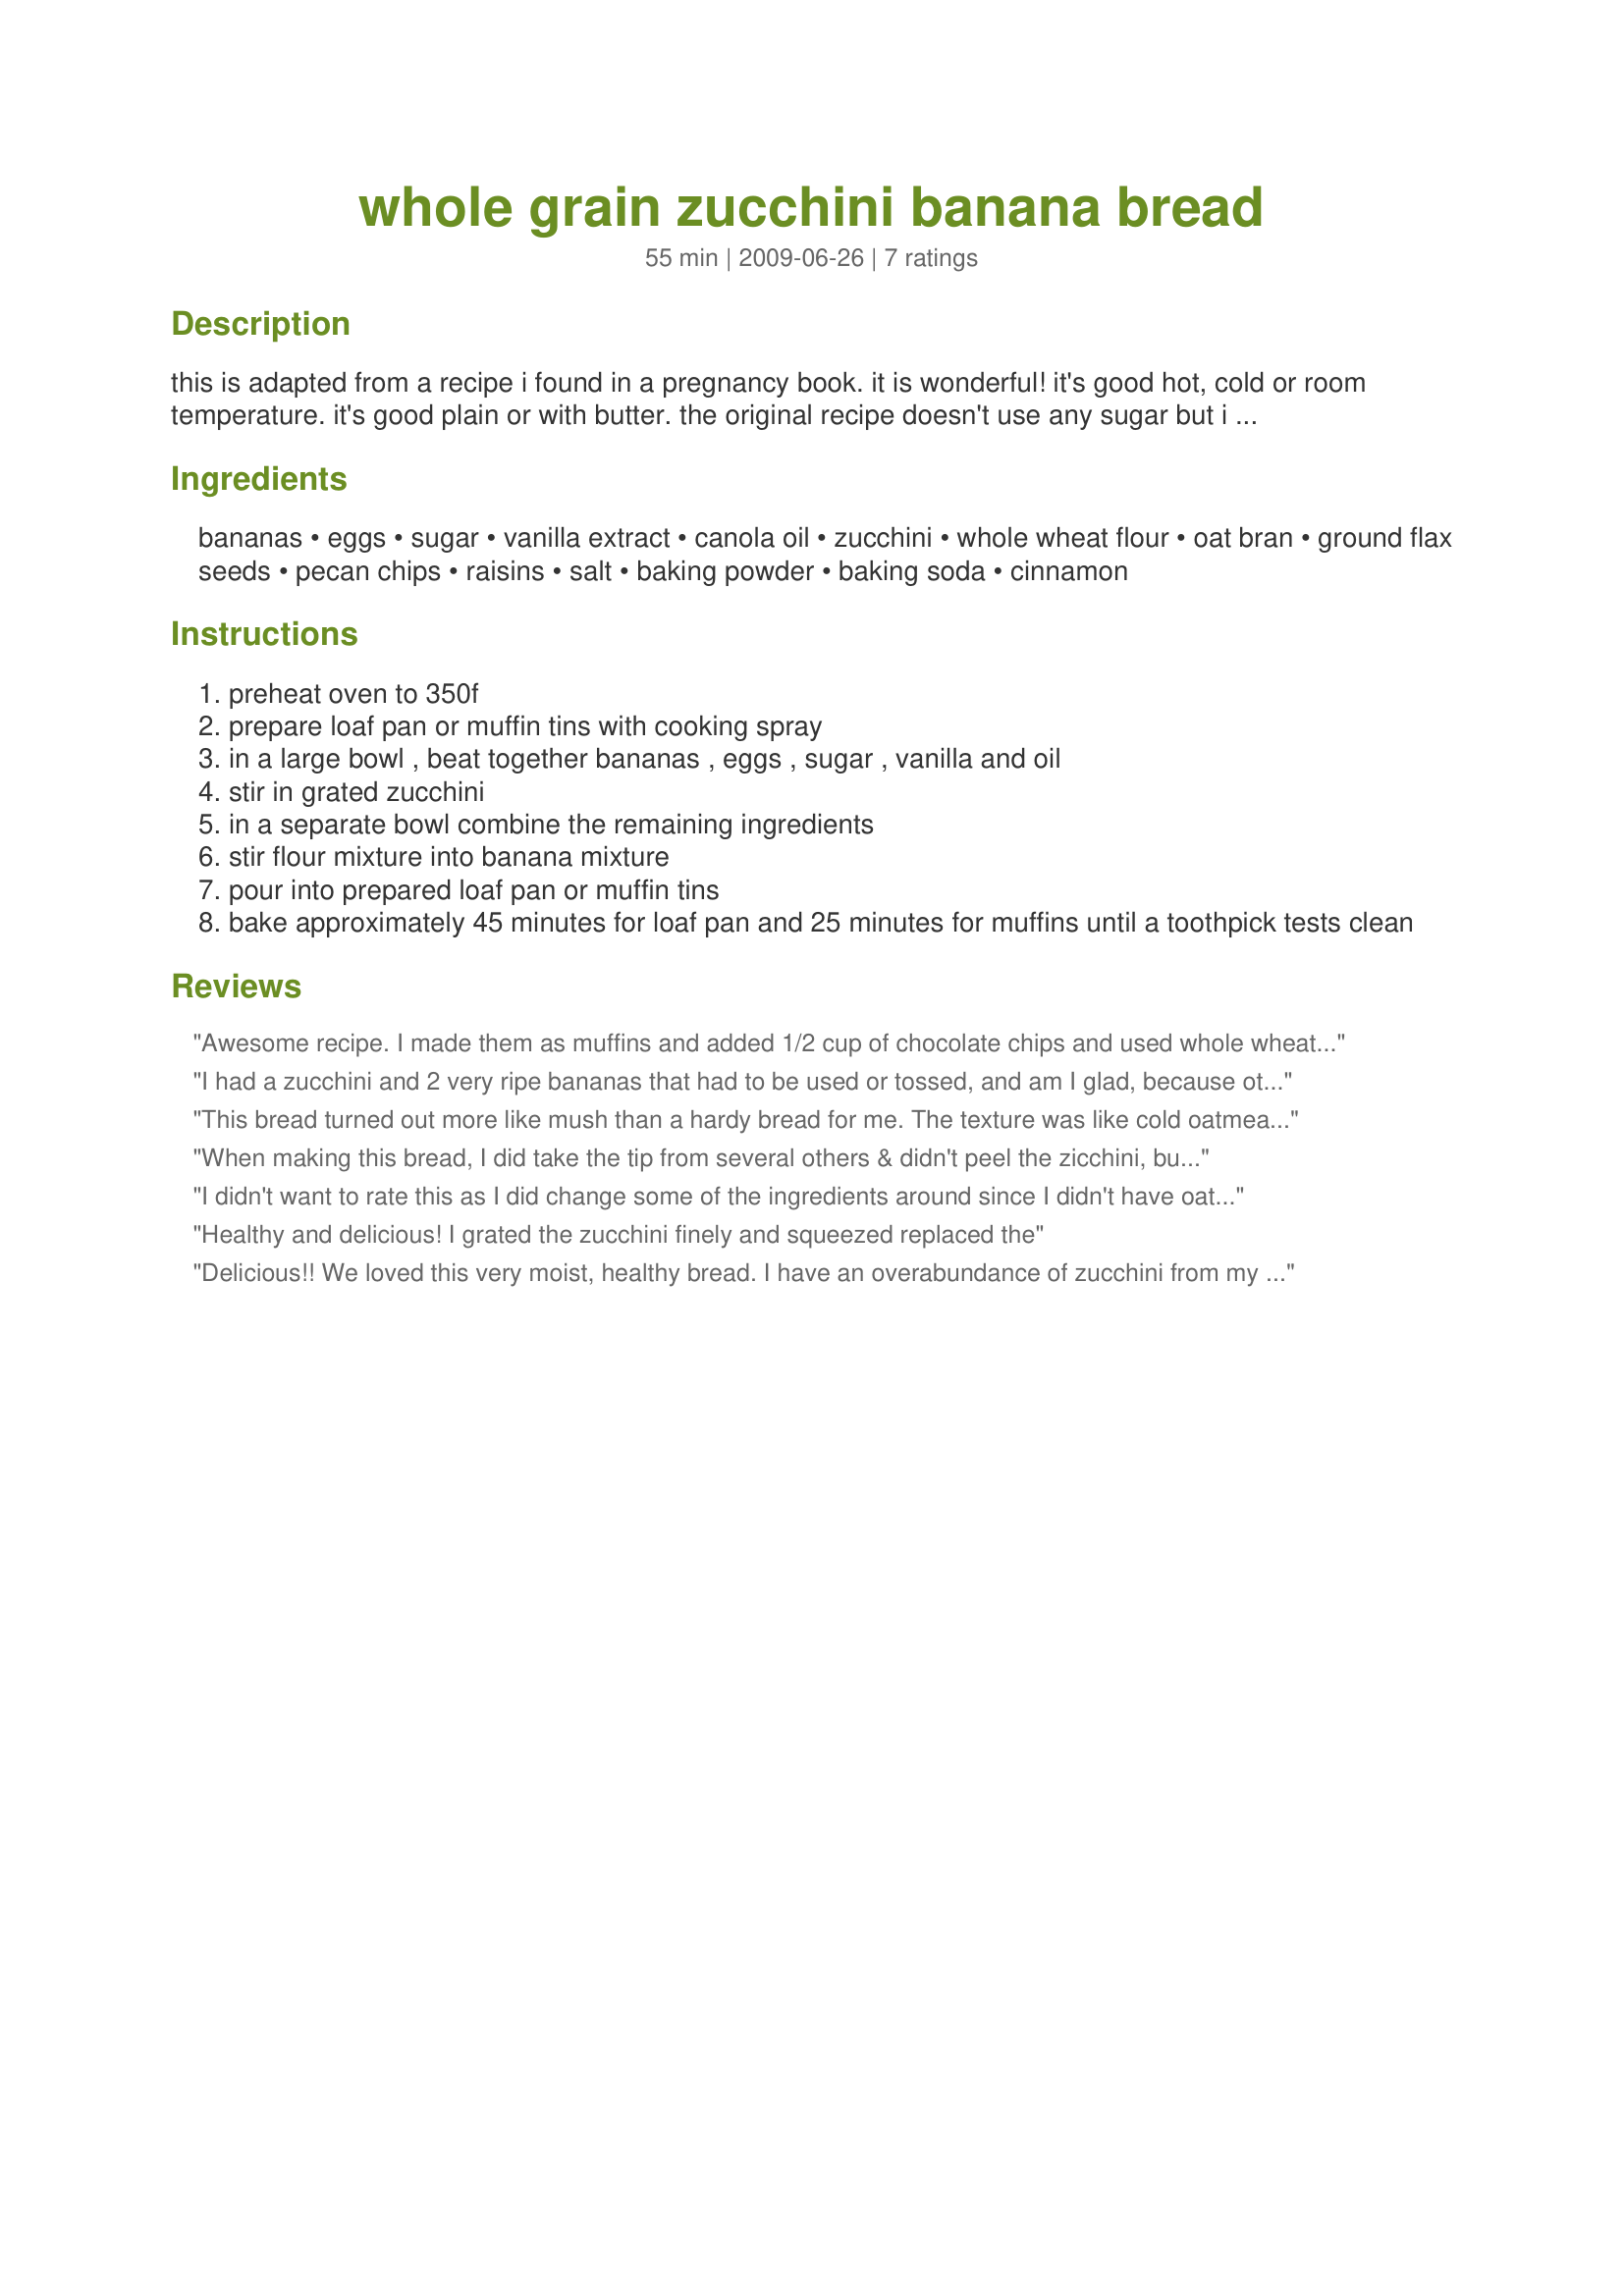
whole grain zucchini banana bread
Preparation time: 55 minutes

this is adapted from a recipe i found in a pregnancy book. it is wonderful! it's good hot, cold or room temperature. it's good plain or with butter. the original recipe doesn't use any sugar but i didn't think i'd like it without it.

Ingredients:
bananas, eggs, sugar, vanilla extract, canola oil, zucchini, whole wheat flour, oat bran, ground flax seeds, pecan chips, raisins, salt, baking powder, baking soda, cinnamon

Steps:
preheat oven to 350f
prepare loaf pan or muffin tins with cooking spray
in a large bowl , beat together bananas , eggs , sugar , vanilla and oil
stir in grated zucchini
in a separate bowl combine the remaining ingredients
stir flour mixture into banana mixture
pour into prepared loaf pan or muffin tins
bake approximately 45 minutes for loaf pan and 25 minutes for muffins until a toothpick tests clean

Reviews:
Awesome recipe. I made them as muffins and added 1/2 cup of chocolate chips and used whole wheat pastry flour, increasing the amounts of flour slightly.
I had a zucchini and 2 very ripe bananas that had to be used or tossed, and am I glad, because otherwise I may not have found this recipe. Very moist and rich. I also left the zuke unpeeled. Love the flax seed meal in this. I used walnuts instead of pecans and left out raisins (don't like them!) I will be making this again!
This bread turned out more like mush than a hardy bread for me. The texture was like cold oatmeal. I was surprised because I baked for the stated amount of time and it passed my toothpick test through the middle of the loaf. Loved all the healthy ingredients and incorporation of flax, so I'm disappointed it didn't turn out for me.
When making this bread, I did take the tip from several others & didn't peel the zicchini, but other than that the recipe was followed, & we were very, very satisfied with the great tasting loaf that resulted! Loved the use of the whole grain flour here & will be making this one again! The loaf didn't last very long, but that's the nature of great recipes like this! Thanks for sharing it! [Made & reviewed in 1-2-3 Hits tag]
I didn't want to rate this as I did change some of the ingredients around since I didn't have oat bran on hand. The flavor was good, but the batter did not set up right for me even after adding an additional 15 minutes of baking time. I'll be trying a different recipe next time I'm afraid.
Healthy and delicious! I grated the zucchini finely and squeezed replaced the
Delicious!! We loved this very moist, healthy bread. I have an overabundance of zucchini from my garden and this is a wonderful way to use it up. I left the zucchini unpeeled and added 1/2 tsp. banana extract in addition to the vanilla. I always do this when I make banana bread as it boosts the banana flavor. There was no flour listed in the ingredients, but after mixing everything together the batter seemed too runny, so I added 1/2 c. whole wheat flour. I made 4 mini-loaves and baked them for 35 mins. My family gave this bread 2-thumbs up. Thank you Engrossed, for sharing this wonderful recipe...it is definitely a keeper.
